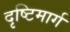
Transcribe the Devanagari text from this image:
दृष्टिमार्ग